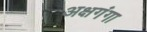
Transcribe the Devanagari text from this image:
अक्षगंगा